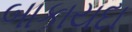
બાકાયદા